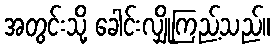
အတွင်းသို့ ခေါင်းလျှိုကြည့်သည်။